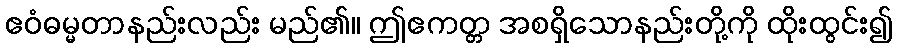
ဧဝံဓမ္မတာနည်းလည်း မည်၏။ ဤဧကတ္တ အစရှိသောနည်းတို့ကို ထိုးထွင်း၍